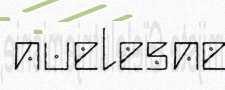
nuelesne